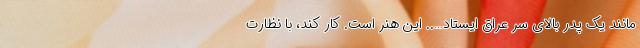
مانند یک پدر بالای سر عراق ایستاد….. این هنر است. کار کند، با نظارت